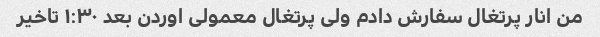
من انار پرتغال سفارش دادم ولی پرتغال معمولی اوردن بعد ۱:۳۰ تاخیر